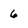
Character: 6